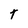
Character: t